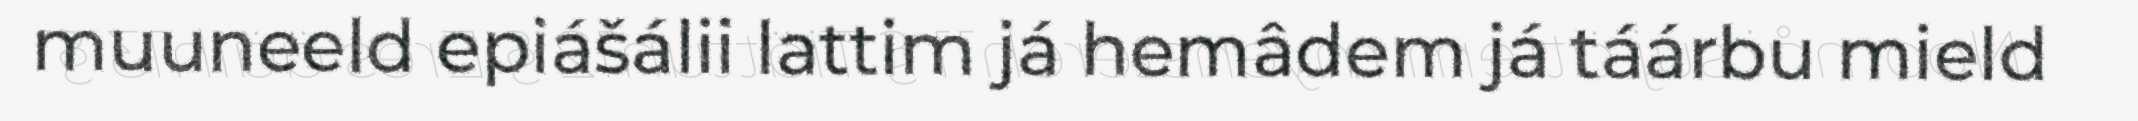
muuneeld epiášálii lattim já hemâdem já táárbu mield